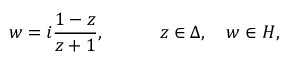
w = i { \frac { 1 - z } { z + 1 } } , \quad \qquad z \in \Delta , \quad w \in H ,